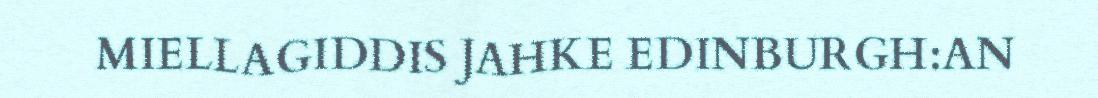
MIELLAGIDDIS JAHKE EDINBURGH:AN